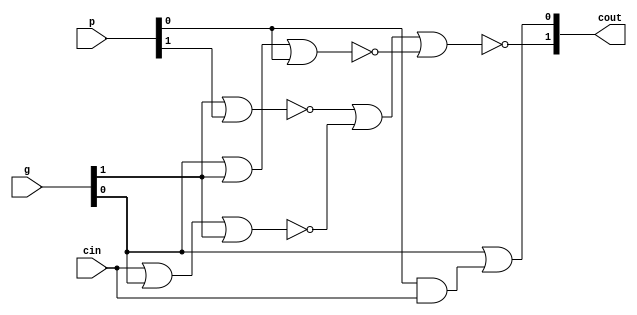
//Craig Hulsebus
module cgu(p, g, cin, cout);

  input [1:0] p, g;
  input cin;
  output [1:0] cout;

  assign cout[0] = g[0] | (p[0] & cin);

  wire x, y, z;
  nor n1(x, g[1], p[1]);
  nor n2(y, cin, g[0], g[1]);
  nor n3(z, g[0], g[1], p[0]);
  nor n4(cout[1], x, y, z);

endmodule